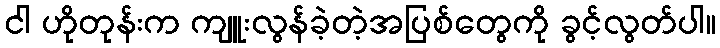
ငါ ဟိုတုန်းက ကျူးလွန်ခဲ့တဲ့အပြစ်တွေကို ခွင့်လွတ်ပါ။